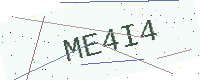
Text: ME4I4